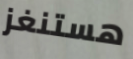
هستنغز